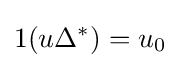
1(u\Delta ^{*})=u_{0}